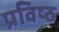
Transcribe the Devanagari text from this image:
प्रविष्‍ठ